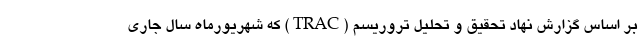
بر اساس گزارش نهاد تحقیق و تحلیل تروریسم (TRAC) که شهریورماه سال جاری